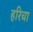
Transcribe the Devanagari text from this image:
हरिचा